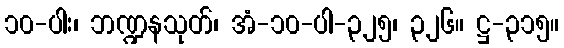
၁၀-ပါး၊ ဘဏ္ဍနသုတ်၊ အံ-၁၀-ပါ-၃၂၅၊ ၃၂၆။ ဋ္ဌ-၃၁၅။